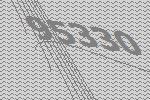
95330